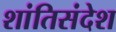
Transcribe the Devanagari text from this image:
शांतिसंदेश